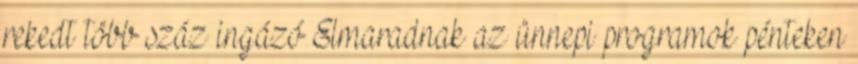
rekedt több száz ingázó Elmaradnak az ünnepi programok pénteken